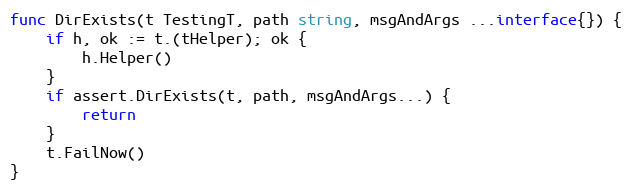
Language: Go
func DirExists(t TestingT, path string, msgAndArgs ...interface{}) {
	if h, ok := t.(tHelper); ok {
		h.Helper()
	}
	if assert.DirExists(t, path, msgAndArgs...) {
		return
	}
	t.FailNow()
}